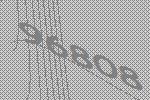
96808